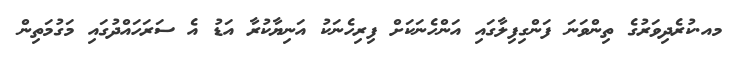
މއ.ކުރެދިވަރުގެ ތިންވަނަ ފަންގިފިލާގައި އަންހެނަކަށް ފިރިހެނަކު އަނިޔާކުރާ އަޑު އެ ސަރަހައްދުގައި މަގުމަތިން